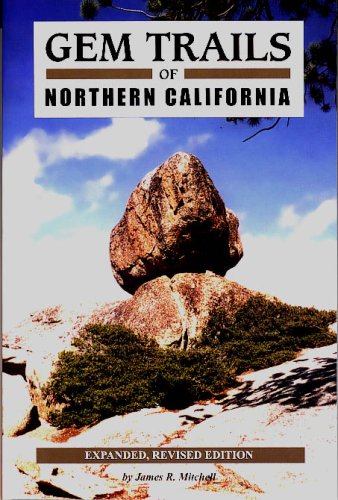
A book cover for Gem Trails of Northern California; James R. Mitchell; Science & Math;